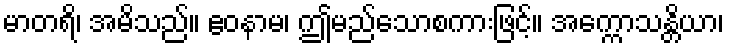
မာတရိ၊ အမိသည်။ ဧဝနာမ၊ ဤမည်သောစကားဖြင့်။ အက္ကောသန္တိယာ၊